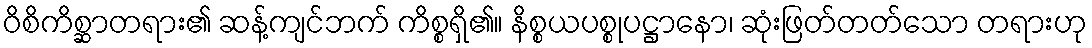
ဝိစိကိစ္ဆာတရား၏ ဆန့်ကျင်ဘက် ကိစ္စရှိ၏။ နိစ္စယပစ္စုပဋ္ဌာနော၊ ဆုံးဖြတ်တတ်သော တရားဟု